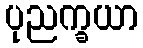
ပုညက္ခယာ